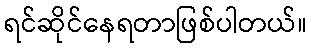
ရင်ဆိုင်နေရတာဖြစ်ပါတယ်။